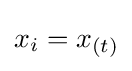
x_{i}=x_{(t)}